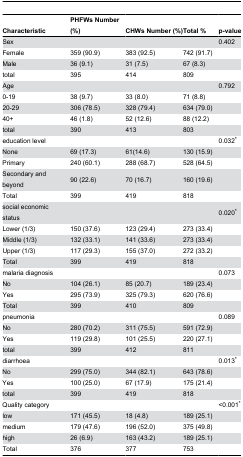
<table><thead><tr><td><b>Characteristic</b></td><td><b>PHFWs Number (%)</b></td><td><b>CHWs Number (%)</b></td><td><b>Total %</b></td><td><b> p-value</b></td></tr></thead><tbody><tr><td>Sex</td><td></td><td></td><td></td><td>0.402</td></tr><tr><td>Female</td><td>359 (90.9)</td><td>383 (92.5)</td><td>742 (91.7)</td><td></td></tr><tr><td>Male</td><td>36 (9.1)</td><td>31 (7.5)</td><td>67 (8.3)</td><td></td></tr><tr><td>total</td><td>395</td><td>414 </td><td>809</td><td></td></tr><tr><td>Age</td><td></td><td></td><td></td><td>0.792</td></tr><tr><td>0-19</td><td>38 (9.7)</td><td>33 (8.0)</td><td>71 (8.8)</td><td></td></tr><tr><td>20-29</td><td>306 (78.5)</td><td>328 (79.4)</td><td>634 (79.0)</td><td></td></tr><tr><td>40+</td><td>46 (1.8)</td><td>52 (12.6)</td><td>88 (12.2)</td><td></td></tr><tr><td>total</td><td>390 </td><td>413</td><td>803</td><td></td></tr><tr><td>education level</td><td></td><td></td><td></td><td>0.032*</td></tr><tr><td>None</td><td> 69 (17.3)</td><td> 61(14.6)</td><td> 130 (15.9)</td><td></td></tr><tr><td>Primary</td><td> 240 (60.1)</td><td> 288 (68.7)</td><td> 528 (64.5) </td><td></td></tr><tr><td>Secondary and beyond</td><td> 90 (22.6)</td><td> 70 (16.7)</td><td> 160 (19.6)</td><td></td></tr><tr><td>Total </td><td> 399 </td><td> 419 </td><td> 818 </td><td></td></tr><tr><td>social economic status</td><td></td><td></td><td></td><td>0.020*</td></tr><tr><td>Lower (1/3)</td><td>150 (37.6)</td><td>123 (29.4)</td><td>273 (33.4)</td><td></td></tr><tr><td>Middle (1/3)</td><td>132 (33.1)</td><td>141 (33.6)</td><td>273 (33.4)</td><td></td></tr><tr><td>Upper (1/3)</td><td>117 (29.3)</td><td>155 (37.0)</td><td>272 (33.2)</td><td></td></tr><tr><td>Total</td><td>399</td><td>419</td><td>818</td><td></td></tr><tr><td>malaria diagnosis</td><td></td><td></td><td></td><td>0.073</td></tr><tr><td>No</td><td>104 (26.1)</td><td>85 (20.7)</td><td>189 (23.4)</td><td></td></tr><tr><td>Yes</td><td>295 (73.9)</td><td>325 (79.3)</td><td>620 (76.6)</td><td></td></tr><tr><td>Total</td><td>399 </td><td>410 </td><td>809</td><td></td></tr><tr><td>pneumonia </td><td></td><td></td><td></td><td>0.089</td></tr><tr><td>No</td><td>280 (70.2)</td><td>311 (75.5)</td><td>591 (72.9)</td><td></td></tr><tr><td>Yes</td><td>119 (29.8)</td><td>101 (25.5)</td><td>220 (27.1)</td><td></td></tr><tr><td>total</td><td>399 </td><td>412 </td><td>811</td><td></td></tr><tr><td>diarrhoea</td><td></td><td></td><td></td><td>0.013*</td></tr><tr><td>No</td><td>299 (75.0)</td><td>344 (82.1)</td><td>643 (78.6)</td><td></td></tr><tr><td>Yes</td><td>100 (25.0)</td><td>67 (17.9)</td><td>175 (21.4)</td><td></td></tr><tr><td>total</td><td>399</td><td>419</td><td>818</td><td></td></tr><tr><td>Quality category</td><td></td><td></td><td></td><td>&lt;0.001*</td></tr><tr><td>low</td><td>171 (45.5)</td><td>18 (4.8)</td><td>189 (25.1)</td><td></td></tr><tr><td>medium</td><td>179 (47.6)</td><td>196 (52.0)</td><td>375 (49.8)</td><td></td></tr><tr><td>high</td><td>26 (6.9)</td><td>163 (43.2)</td><td>189 (25.1)</td><td></td></tr><tr><td>Total</td><td>376</td><td>377</td><td>753</td><td></td></tr></tbody></table>